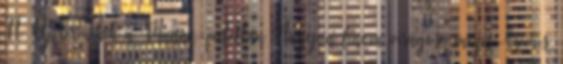
Ft Új termékek a Manna-palettán Nagyon finom virágos, mézes-krémes